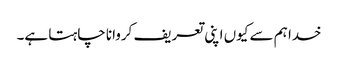
خدا ہم سے کیوں اپنی تعریف کروانا چاہتا ہے۔